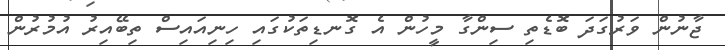
ޖާނުން ވަރުގަދަ ބޮޑެތި ސިންގާ މީހުން އެ ގޮނޑިތަކުގައި ހިނިއައިސް ތިބޭއިރު އުމުރުން